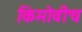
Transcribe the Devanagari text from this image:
किमोवीच